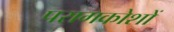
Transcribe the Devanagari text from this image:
परागकोशों